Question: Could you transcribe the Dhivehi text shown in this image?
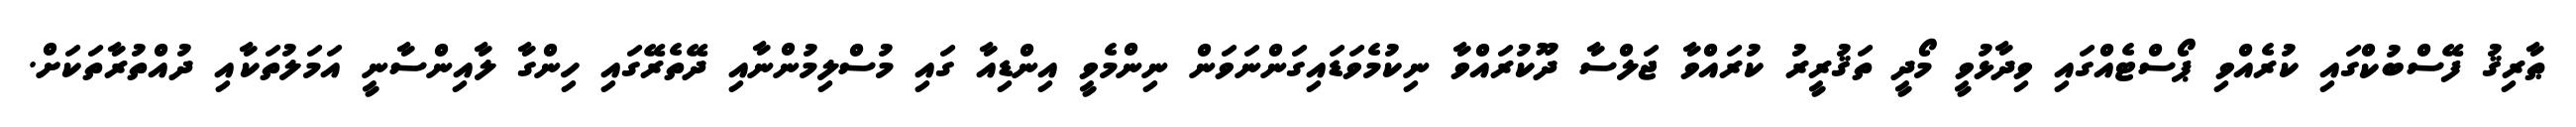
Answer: ޠާރިޤު ފޭސްބުކްގައި ކުރެއްވި ޕޯސްޓެއްގައި ވިދާޅުވީ މޯދީ ތަޤުރީރު ކުރައްވާ ޖަލްސާ ދޫކުރައްވާ ނިކުމެވަޑައިގަންނަވަން ނިންމެވީ އިންޑިއާ ގައި މުސްލިމުންނާއި ދޭތެރޭގައި ހިންގާ ލާއިންސާނީ އަމަލުތަކާއި ދުއްތުރާތަކަށް.